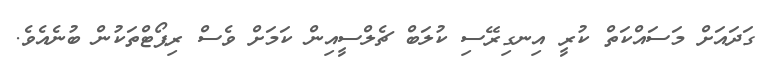
ގަދައަށް މަސައްކަތް ކުރީ އިނގިރޭސި ކުލަބް ޗެލްސީއިން ކަމަށް ވެސް ރިޕޯޓްތަކުން ބުނެއެވެ.